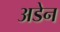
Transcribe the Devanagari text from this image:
अडेन